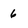
Character: 6